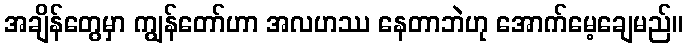
အချိန်တွေမှာ ကျွန်တော်ဟာ အလဟဿ နေတာဘဲဟု အောက်မေ့ချေမည်။